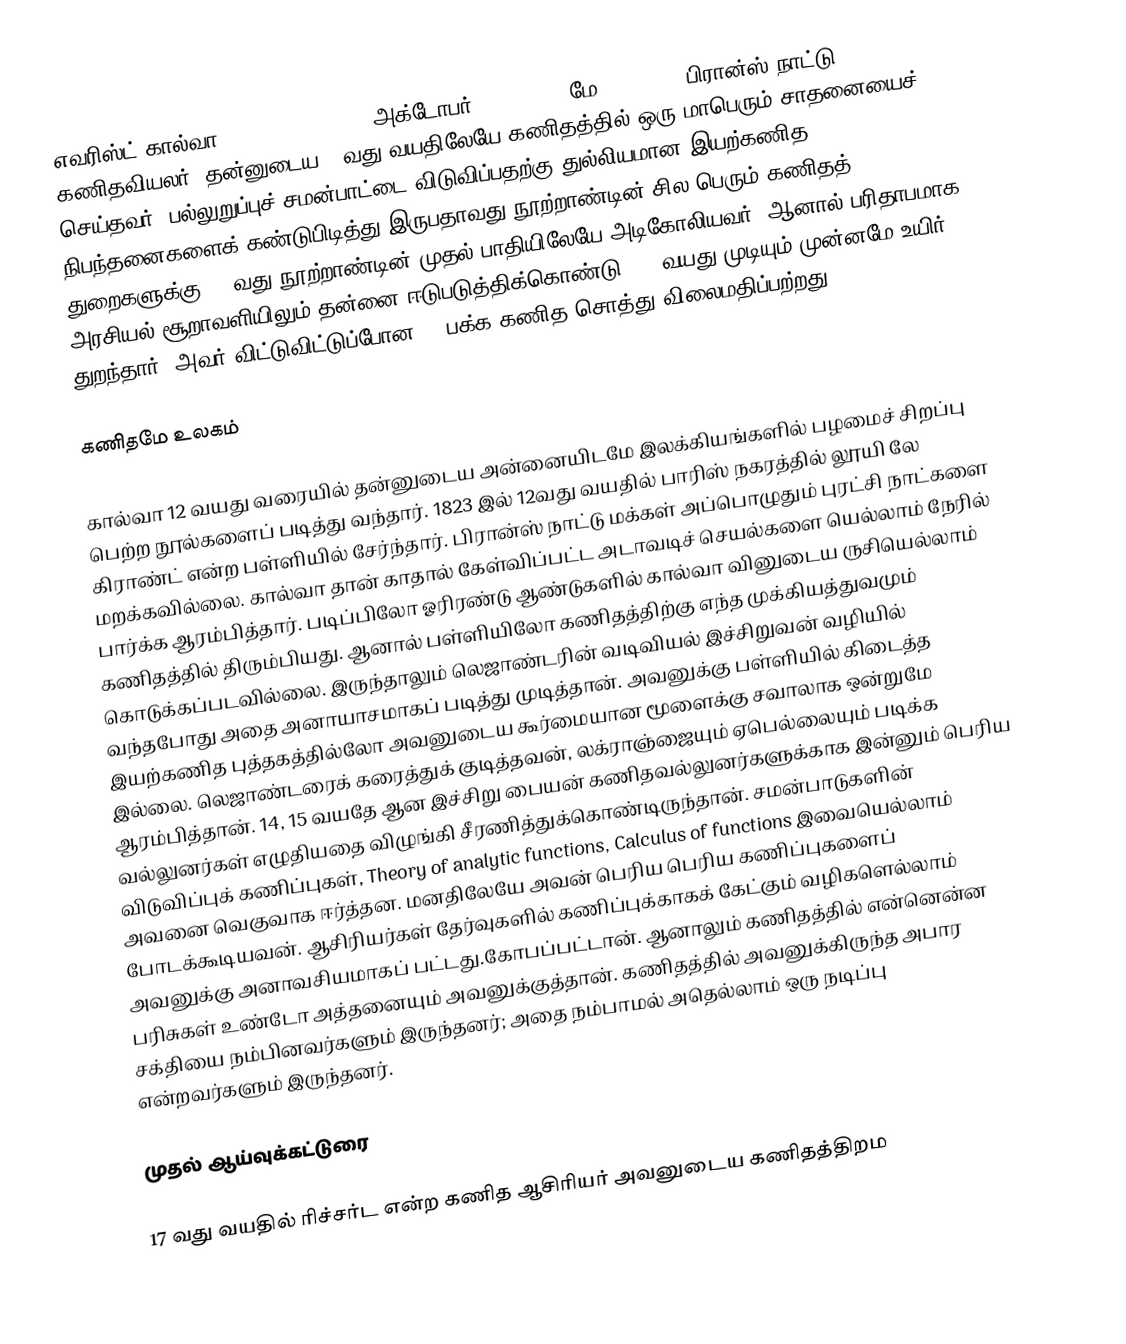
எவரிஸ்ட் கால்வா (Evariste Galois, அக்டோபர் 25, 1811 - மே 31, 1832) பிரான்ஸ் நாட்டு கணிதவியலர், தன்னுடைய 19வது வயதிலேயே  கணிதத்தில் ஒரு மாபெரும் சாதனையைச் செய்தவர். பல்லுறுப்புச் சமன்பாட்டை விடுவிப்பதற்கு துல்லியமான  இயற்கணித நிபந்தனைகளைக் கண்டுபிடித்து இருபதாவது நூற்றாண்டின்  சில பெரும் கணிதத் துறைகளுக்கு 19 வது நூற்றாண்டின் முதல் பாதியிலேயே அடிகோலியவர். ஆனால் பரிதாபமாக அரசியல் சூறாவளியிலும் தன்னை ஈடுபடுத்திக்கொண்டு, 21 வயது முடியும் முன்னமே உயிர் துறந்தார். அவர் விட்டுவிட்டுப்போன  60-பக்க கணித சொத்து விலைமதிப்பற்றது.

கணிதமே உலகம்

கால்வா 12 வயது வரையில் தன்னுடைய அன்னையிடமே இலக்கியங்களில் பழமைச்  சிறப்பு பெற்ற நூல்களைப் படித்து வந்தார். 1823 இல் 12வது வயதில் பாரிஸ் நகரத்தில் லூயி லே கிராண்ட் என்ற பள்ளியில் சேர்ந்தார். பிரான்ஸ் நாட்டு மக்கள் அப்பொழுதும் புரட்சி நாட்களை மறக்கவில்லை. கால்வா தான் காதால் கேள்விப்பட்ட அடாவடிச்  செயல்களை யெல்லாம் நேரில் பார்க்க ஆரம்பித்தார். படிப்பிலோ ஓரிரண்டு ஆண்டுகளில் கால்வா வினுடைய ருசியெல்லாம் கணிதத்தில் திரும்பியது. ஆனால் பள்ளியிலோ கணிதத்திற்கு எந்த முக்கியத்துவமும் கொடுக்கப்படவில்லை. இருந்தாலும் லெஜாண்டரின் வடிவியல் இச்சிறுவன் வழியில் வந்தபோது அதை அனாயாசமாகப் படித்து முடித்தான்.  அவனுக்கு பள்ளியில்  கிடைத்த இயற்கணித புத்தகத்தில்லோ அவனுடைய கூர்மையான மூளைக்கு சவாலாக ஒன்றுமே இல்லை. லெஜாண்டரைக் கரைத்துக் குடித்தவன், லக்ராஞ்ஜையும்  ஏபெல்லையும் படிக்க ஆரம்பித்தான். 14, 15 வயதே ஆன இச்சிறு பையன்  கணிதவல்லுனர்களுக்காக இன்னும் பெரிய வல்லுனர்கள் எழுதியதை விழுங்கி சீரணித்துக்கொண்டிருந்தான். சமன்பாடுகளின் விடுவிப்புக் கணிப்புகள், Theory of analytic functions, Calculus of functions இவையெல்லாம் அவனை வெகுவாக ஈர்த்தன. மனதிலேயே அவன் பெரிய பெரிய கணிப்புகளைப் போடக்கூடியவன். ஆசிரியர்கள்  தேர்வுகளில் கணிப்புக்காகக் கேட்கும்  வழிகளெல்லாம் அவனுக்கு அனாவசியமாகப் பட்டது.கோபப்பட்டான். ஆனாலும் கணிதத்தில் என்னென்ன பரிசுகள் உண்டோ அத்தனையும் அவனுக்குத்தான். கணிதத்தில் அவனுக்கிருந்த அபார சக்தியை நம்பினவர்களும் இருந்தனர்; அதை நம்பாமல் அதெல்லாம் ஒரு நடிப்பு என்றவர்களும் இருந்தனர்.

முதல் ஆய்வுக்கட்டுரை

17 வது வயதில் ரிச்சர்ட என்ற கணித ஆசிரியர் அவனுடைய கணிதத்திறம